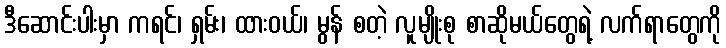
ဒီဆောင်းပါးမှာ ကရင်၊ ရှမ်း၊ ထားဝယ်၊ မွန် စတဲ့ လူမျိုးစု စာဆိုမယ်တွေရဲ့ လက်ရာတွေကို